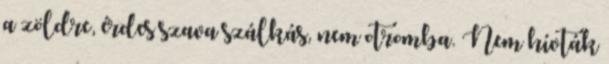
a zöldre, érdes szava szálkás, nem otromba. Nem hívták